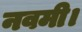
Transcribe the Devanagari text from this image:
नवमी।